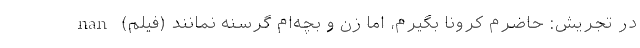
در تجریش: حاضرم کرونا بگیرم، اما زن و بچه‌ام گرسنه نمانند (فیلم) nan